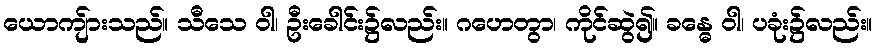
ယောကျ်ားသည်။ သီသေ ဝါ၊ ဦးခေါင်း၌လည်း။ ဂဟေတွာ၊ ကိုင်ဆွဲ၍။ ခန္ဓေ ဝါ၊ ပခုံး၌လည်း။